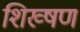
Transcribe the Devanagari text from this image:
शिख्षण